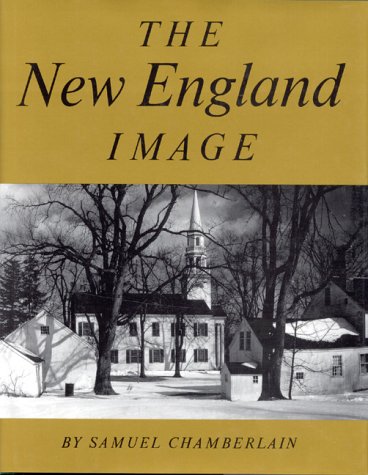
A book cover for The New England Image; Samuel Chamberlain; Travel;